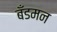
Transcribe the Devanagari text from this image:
बँडमन